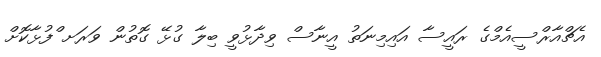
އެޗްއާރްސީއެމްގެ ރައީސާ އައިމިނަތު އީނާސް ވިދާޅުވީ ބިލާ ގުޅޭ ގޮތުން ވަރަށ ްފުޅާކޮށް